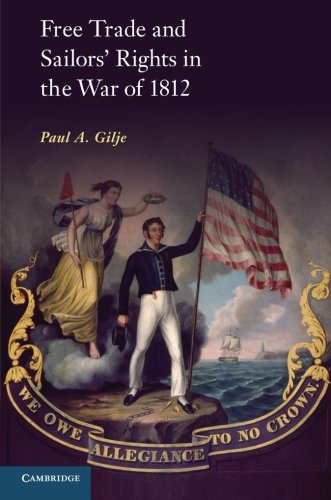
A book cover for Free Trade and Sailors' Rights in the War of 1812; Paul A. Gilje; History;